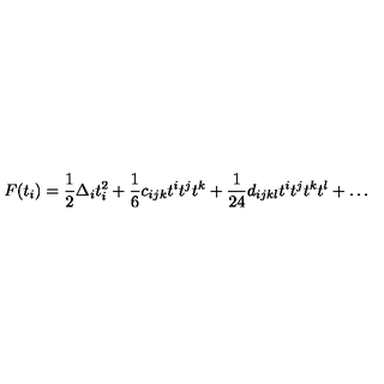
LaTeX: F ( t _ { i } ) = { \frac { 1 } { 2 } } \Delta _ { i } t _ { i } ^ { 2 } + { \frac { 1 } { 6 } } c _ { i j k } t ^ { i } t ^ { j } t ^ { k } + { \frac { 1 } { 2 4 } } d _ { i j k l } t ^ { i } t ^ { j } t ^ { k } t ^ { l } + \dots